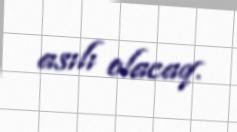
asılı olacaq.